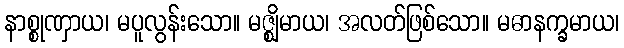
နာစ္စုဏှာယ၊ မပူလွန်းသော။ မဇ္ဈိမာယ၊ အလတ်ဖြစ်သော။ မဓာနက္ခမာယ၊